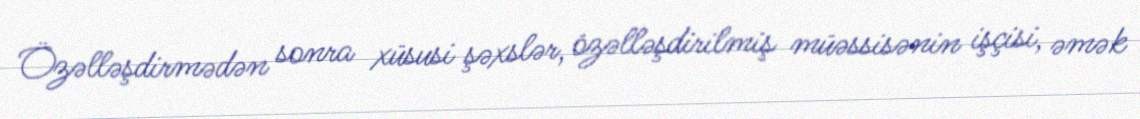
Özəlləşdirmədən sonra xüsusi şəxslər, özəlləşdirilmiş müəssisənin işçisi, əmək